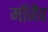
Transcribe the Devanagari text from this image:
माॅजैव